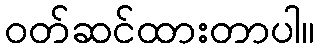
ဝတ်ဆင်ထားတာပါ။